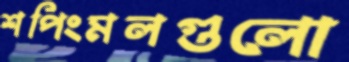
শপিংমলগুলো